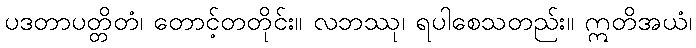
ပဒတာပတ္တိတံ၊ တောင့်တတိုင်း။ လဘဿု၊ ရပါစေသတည်း။ ဣတိအယံ၊